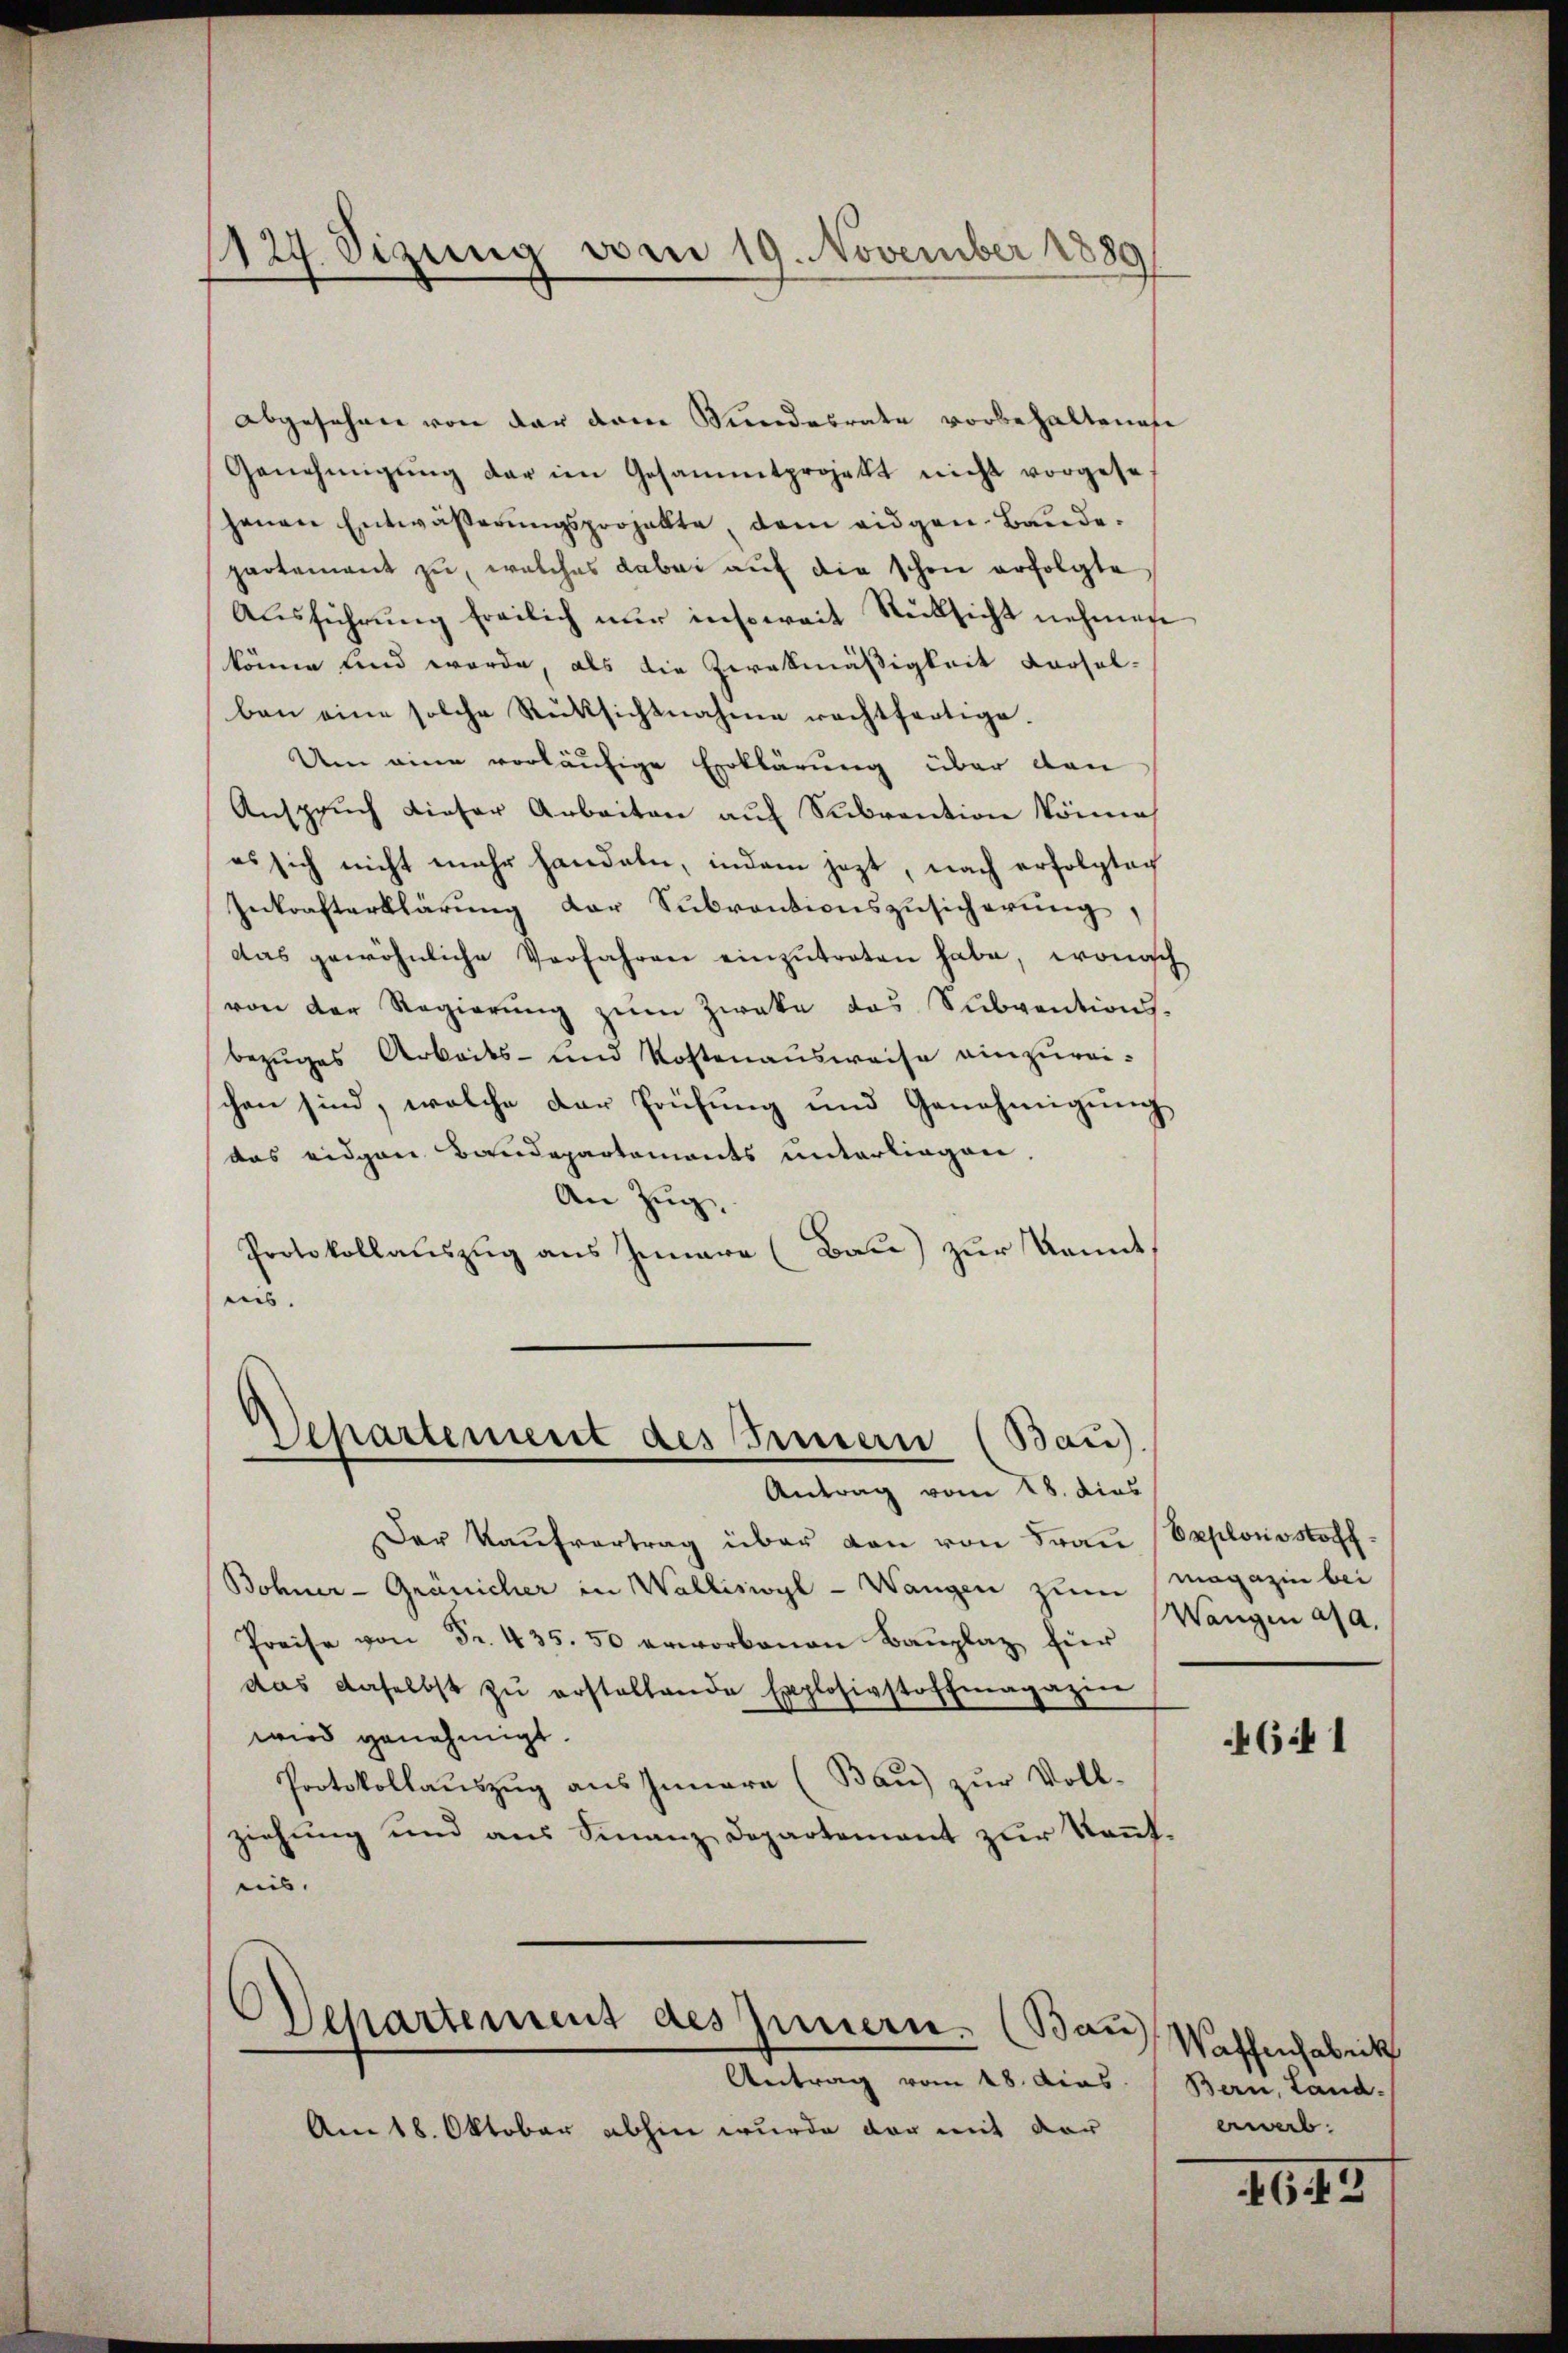
127. Sizung vom 19. November 1889

abgesehen von der dem Mindesrate vorbehaltenese
Genehmigŭng der im Gesammtprojekt nicht vorgese
hanen Entwäβerŭngsprojekte, dem eidgen. Bande.
partement zu, welches dabei auf die schon erfolgte
Ausführung freilich nur insoweit Rücksicht nehmene
könne sind werde, als die Zerekmäßigkeit derselben eine solche Rüksichtnahme rechtfertige.
Um eine vorläufige Erklärung über dan
Ansprŭch dieser Arbeiten auf Subvention könne
es sich nicht mehr handeln, indem jezt, nach erfolgten
Inkrafterklärŭng der Sŭbventionszŭsicherŭng,
das gewöhnliche Verfahren einzutreten habe, wonisch
von der Regierung zum Zweke das Subventions-
bezuges Arbeits- und Kostenausweise einzureichen sind, welche der Prüfung und Genehmigung
das eidgan Baudepartements unterliegen,
An Zug,
Protokollauszug aus Innere (Bau) zur Komit
un.

Departement des Feuern (Bau).
Antrag vom 18. dies

Departement des Innern. (Bau
Antrag vom 28. Aias.

Der Kaŭfvertrag über den von Frau (Explonostoff
Bohner-Gränicher in Wallisivyl - Wangen zum Magazin bei
Preise von Fr. 435. 50 erworbenen Bauplaz für
das daselbst zŭ erstellende Explosivstoffmagazin
wird genehmigt.
Protokollauszug aus Innere (Bau) zur Voll-
ziehung und aus Finanz Departement zur Kennteis.

Am 18. Oktober abhin wurde der mit der

Wangen a. a.

46441

Waffenfabrik
Bern, Land.
ewab.

1643